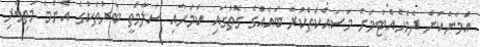
އަމާންކަން ދެމެހެއްޓުމަށް މަސައްކަތްކުރާ ބައެއްގެ ގޮތުގައި ކަމަށާއި ސަލާމަތީ ބާރުތަކުގެ އެންމެ މަތިވެރި